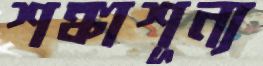
শঙ্কাশূন্য